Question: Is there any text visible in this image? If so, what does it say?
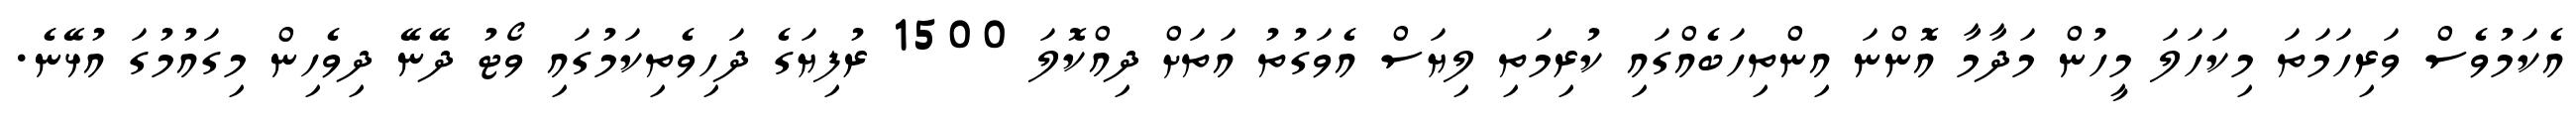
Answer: އެކަމުވެސް ވަރިހަމަތަ މިކަހަލަ މީހުން މަދާމާ އޮންނަ އިންތިހަބެއްގައި ކުރިމަތި ލިޔަސް އެވަގުތު އަތަށް ދިއްކޮލަ 1500 ރުފިޔަގެ ދަހިވެތިކަމުގައި ވޯޓު ދޭނޭ ދިވެހިން މިގައުމުގަ އުޅޭނެ.